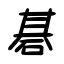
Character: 碁